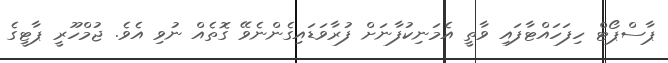
ޕާސްޕޯޓް ހިފަހައްޓާފައި ވާތީ އެމަނިކުފާނަށް ފުރާވަޑައިގެންނެވޭ ގޮތެއް ނުވި އެވެ. ޖުމްހޫރީ ޕާޓީގެ